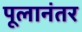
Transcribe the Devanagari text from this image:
पूलानंतर